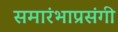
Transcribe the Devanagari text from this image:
समारंभाप्रसंगी